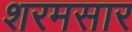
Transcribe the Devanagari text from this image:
शरमसार